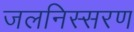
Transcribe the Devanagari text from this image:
जलनिस्सरण